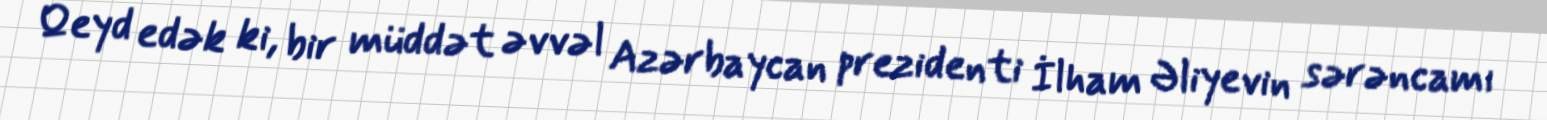
Qeyd edək ki, bir müddət əvvəl Azərbaycan prezidenti İlham Əliyevin sərəncamı